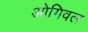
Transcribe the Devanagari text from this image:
ओगिवल